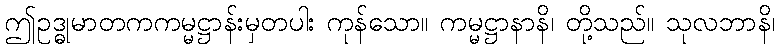
ဤဥဒ္ဓုမာတကကမ္မဋ္ဌာန်းမှတပါး ကုန်သော။ ကမ္မဋ္ဌာနာနိ၊ တို့သည်။ သုလဘာနိ၊